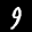
Label: 9